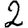
Digit: 2